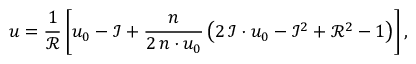
u = \frac { 1 } { \mathcal { R } } \left[ u _ { 0 } - \mathcal { I } + \frac { n } { 2 \, n \cdot u _ { 0 } } \left( 2 \, \mathcal { I } \cdot u _ { 0 } - \mathcal { I } ^ { 2 } + \mathcal { R } ^ { 2 } - 1 \right) \right] ,